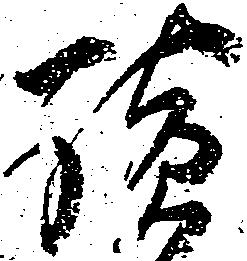
談